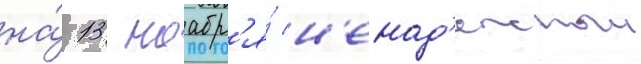
на́ 13 ноабр'я́ н'енад'ежныи